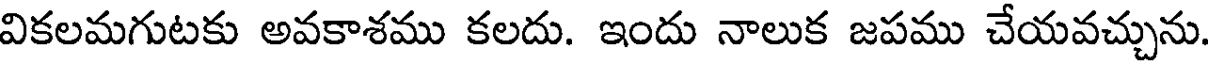
వికలమగుటకు అవకాశము కలదు. ఇందు నాలుక జపము చేయవచ్చును